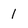
Character: 1